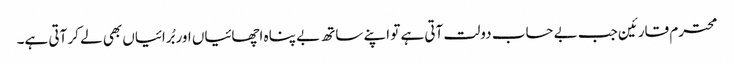
محترم قارئین جب بے حساب دولت آتی ہے تو اپنے ساتھ بے پناہ اچھائیاں اور بُرائیاں بھی لے کر آتی ہے۔